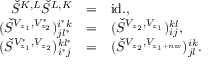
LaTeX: \begin{array} { r c l } { { \check { S } ^ { K , L } \check { S } ^ { L , K } } } & { { = } } & { { \mathrm { i d . } , } } \\ { { ( \check { S } ^ { V _ { z _ { 1 } } , V _ { z _ { 2 } } ^ { * } } ) _ { j l ^ { * } } ^ { i ^ { * } k } } } & { { = } } & { { ( \check { S } ^ { V _ { z _ { 2 } } , V _ { z _ { 1 } } } ) _ { i j } ^ { k l } , } } \\ { { ( \check { S } ^ { V _ { z _ { 1 } } ^ { * } , V _ { z _ { 2 } } } ) _ { i ^ { * } j } ^ { k l ^ { * } } } } & { { = } } & { { ( \check { S } ^ { V _ { z _ { 2 } } , V _ { z _ { 1 } + n w } } ) _ { j l } ^ { i k } . } } \end{array}